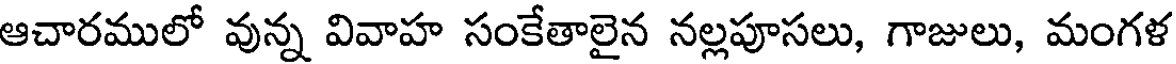
ఆచారములో వున్న వివాహ సంకేతాలైన నల్లపూసలు, గాజులు, మంగళ